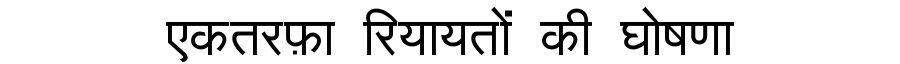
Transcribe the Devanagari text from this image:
एकतरफ़ा रियायतों की घोषणा